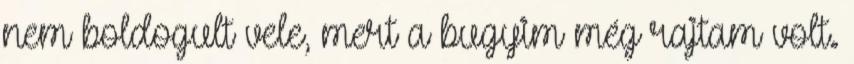
nem boldogult vele, mert a bugyim még rajtam volt.